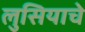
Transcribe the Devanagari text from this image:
लुसियाचे